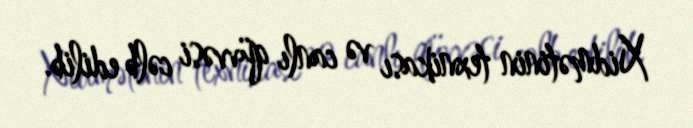
Xidmətinin texnikası və canlı qüvvəsi cəlb edilib.